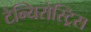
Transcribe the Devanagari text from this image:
टेन्यिरोस्ट्रिस